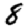
Digit: 8